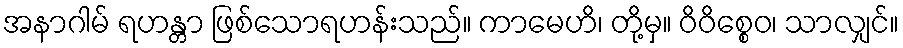
အနာဂါမ် ရဟန္တာ ဖြစ်သောရဟန်းသည်။ ကာမေဟိ၊ တို့မှ။ ဝိဝိစ္စေဝ၊ သာလျှင်။